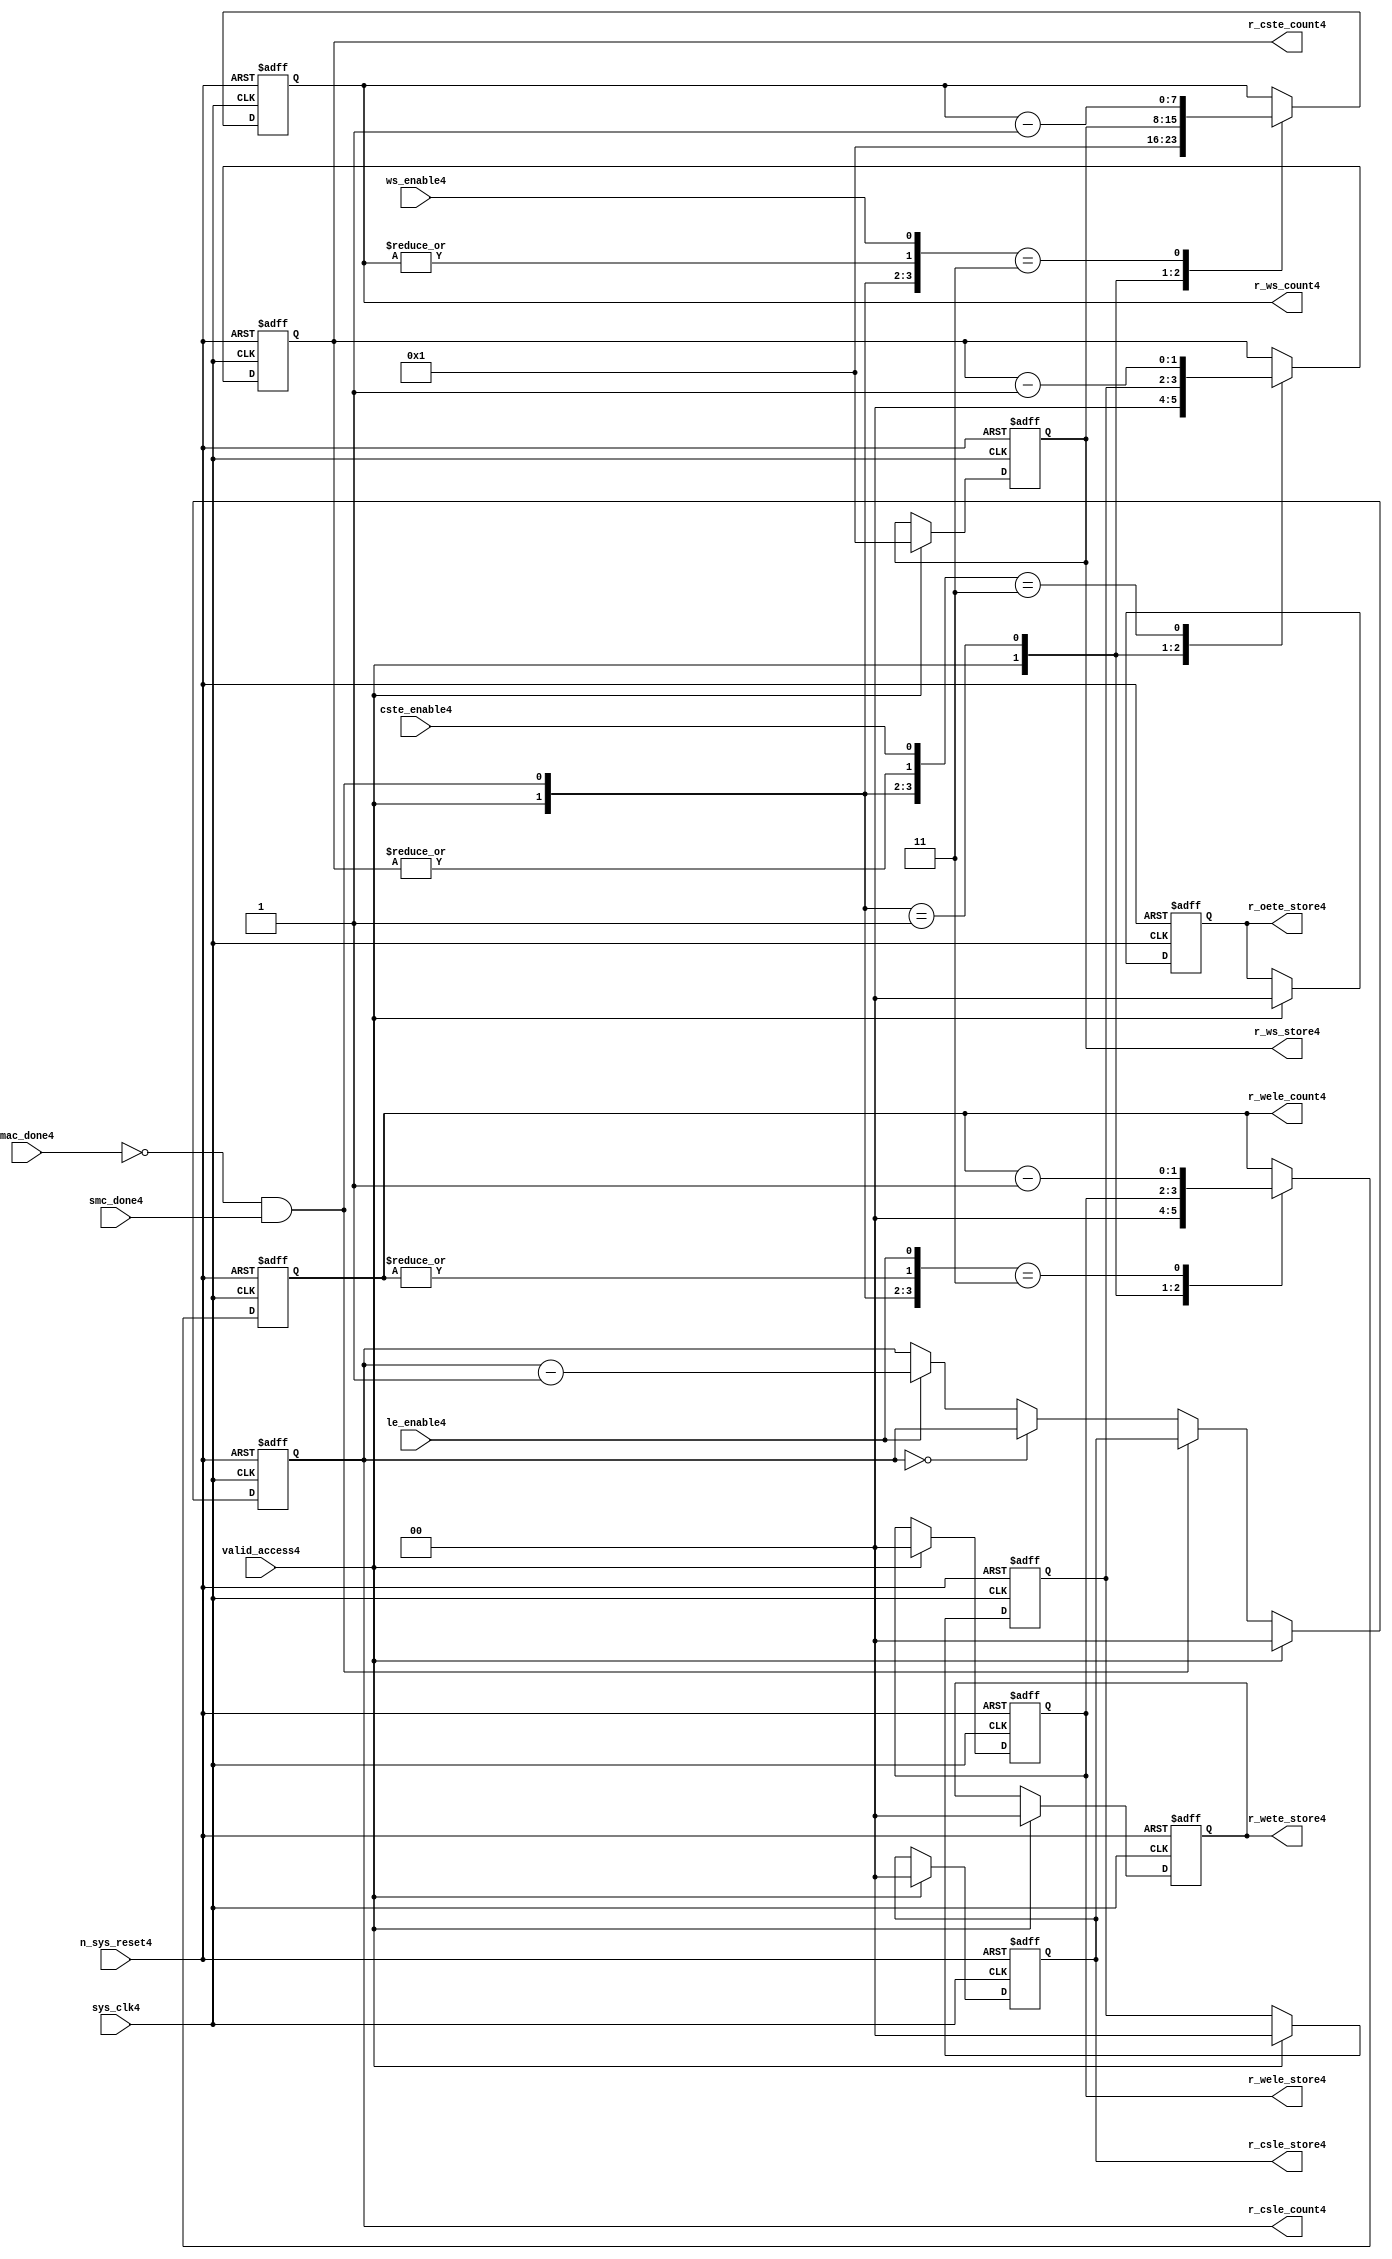
//File4 name   : smc_counter_lite4.v
//Title4       : 
//Created4     : 1999
//Description4 : Counter4 block.
//            : Static4 Memory Controller4.
//            : The counter block provides4 generates4 all cycle timings4
//            : The leading4 edge counts4 are individual4 2bit, loadable4,
//            : counters4. The wait state counter is a count down
//            : counter with a maximum size of 5 bits. The trailing4
//            : edge counts4 are registered for comparison4 with the
//            : wait state counter. The bus float4 (CSTE4) is a
//            : separate4 2bit counter. The initial count values are
//            : stored4 and reloaded4 into the counters4 if multiple
//            : accesses are required4.
//Notes4       : 
//----------------------------------------------------------------------
//   Copyright4 1999-2010 Cadence4 Design4 Systems4, Inc4.
//   All Rights4 Reserved4 Worldwide4
//
//   Licensed4 under the Apache4 License4, Version4 2.0 (the
//   "License4"); you may not use this file except4 in
//   compliance4 with the License4.  You may obtain4 a copy of
//   the License4 at
//
//       http4://www4.apache4.org4/licenses4/LICENSE4-2.0
//
//   Unless4 required4 by applicable4 law4 or agreed4 to in
//   writing, software4 distributed4 under the License4 is
//   distributed4 on an "AS4 IS4" BASIS4, WITHOUT4 WARRANTIES4 OR4
//   CONDITIONS4 OF4 ANY4 KIND4, either4 express4 or implied4.  See
//   the License4 for the specific4 language4 governing4
//   permissions4 and limitations4 under the License4.
//----------------------------------------------------------------------


module smc_counter_lite4  (
                     //inputs4

                     sys_clk4,
                     n_sys_reset4,
                     valid_access4,
                     mac_done4, 
                     smc_done4, 
                     cste_enable4, 
                     ws_enable4,
                     le_enable4, 

                     //outputs4

                     r_csle_count4,
                     r_wele_count4,
                     r_ws_count4,
                     r_ws_store4,
                     r_oete_store4,
                     r_wete_store4,
                     r_wele_store4,
                     r_cste_count4,
                     r_csle_store4);
   

//----------------------------------------------------------------------
// the Wait4 State4 Counter4
//----------------------------------------------------------------------
   
   
   // I4/O4
   
   input     sys_clk4;                  // AHB4 System4 clock4
   input     n_sys_reset4;              // AHB4 System4 reset (Active4 LOW4)
   
   input     valid_access4;             // load4 values are valid if high4
   input     mac_done4;                 // All cycles4 in a multiple access

   //  completed
   
   input                 smc_done4;   // one access completed
   input                 cste_enable4;// Enable4 CS4 Trailing4 Edge4 counter
   input                 ws_enable4;  // Enable4 Wait4 State4 counter
   input                 le_enable4;  // Enable4 all Leading4 Edge4 counters4
   
   // Counter4 outputs4
   
   output [1:0]             r_csle_count4;  //chip4 select4 leading4
                                             //  edge count
   output [1:0]             r_wele_count4;  //write strobe4 leading4 
                                             // edge count
   output [7:0] r_ws_count4;    //wait state count
   output [1:0]             r_cste_count4;  //chip4 select4 trailing4 
                                             // edge count
   
   // Stored4 counts4 for MAC4
   
   output [1:0]             r_oete_store4;  //read strobe4
   output [1:0]             r_wete_store4;  //write strobe4 trailing4 
                                              // edge store4
   output [7:0] r_ws_store4;    //wait state store4
   output [1:0]             r_wele_store4;  //write strobe4 leading4
                                             //  edge store4
   output [1:0]             r_csle_store4;  //chip4 select4  leading4
                                             //  edge store4
   
   
   // Counters4
   
   reg [1:0]             r_csle_count4;  // Chip4 select4 LE4 counter
   reg [1:0]             r_wele_count4;  // Write counter
   reg [7:0] r_ws_count4;    // Wait4 state select4 counter
   reg [1:0]             r_cste_count4;  // Chip4 select4 TE4 counter
   
   
   // These4 strobes4 finish early4 so no counter is required4. 
   // The stored4 value is compared with WS4 counter to determine4 
   // when the strobe4 should end.

   reg [1:0]    r_wete_store4;    // Write strobe4 TE4 end time before CS4
   reg [1:0]    r_oete_store4;    // Read strobe4 TE4 end time before CS4
   
   
   // The following4 four4 regisrers4 are used to store4 the configuration
   // during mulitple4 accesses. The counters4 are reloaded4 from these4
   // registers before each cycle.
   
   reg [1:0]             r_csle_store4;    // Chip4 select4 LE4 store4
   reg [1:0]             r_wele_store4;    // Write strobe4 LE4 store4
   reg [7:0] r_ws_store4;      // Wait4 state store4
   reg [1:0]             r_cste_store4;    // Chip4 Select4 TE4 delay
                                          //  (Bus4 float4 time)

   // wires4 used for meeting4 coding4 standards4
   
   wire         ws_count4;      //ORed4 r_ws_count4
   wire         wele_count4;    //ORed4 r_wele_count4
   wire         cste_count4;    //ORed4 r_cste_count4
   wire         mac_smc_done4;  //ANDed4 smc_done4 and not(mac_done4)
   wire [4:0]   case_cste4;     //concatenated4 signals4 for case statement4
   wire [4:0]   case_wele4;     //concatenated4 signals4 for case statement4
   wire [4:0]   case_ws4;       //concatenated4 signals4 for case statement4
   
   
   
   // Main4 Code4
   
//----------------------------------------------------------------------
// Counters4 (& Count4 Store4 for MAC4)
//----------------------------------------------------------------------


//----------------------------------------------------------------------
// WETE4 Store4
//----------------------------------------------------------------------

always @(posedge sys_clk4 or negedge n_sys_reset4)

begin   

   if (~(n_sys_reset4))
     
      r_wete_store4 <= 2'b00;
   
   
   else if (valid_access4)
     
      r_wete_store4 <= 2'b0;
   
   else
     
      r_wete_store4 <= r_wete_store4;

end
   
//----------------------------------------------------------------------
// OETE4 Store4
//----------------------------------------------------------------------

always @(posedge sys_clk4 or negedge n_sys_reset4)

begin   

   if (~(n_sys_reset4))
     
      r_oete_store4 <= 2'b00;
   
   
   else if (valid_access4)
     
      r_oete_store4 <= 2'b0;
   
   else

      r_oete_store4 <= r_oete_store4;

end
   
//----------------------------------------------------------------------
// CSLE4 Store4
//----------------------------------------------------------------------

always @(posedge sys_clk4 or negedge n_sys_reset4)

begin   

   if (~(n_sys_reset4))
     
      r_csle_store4 <= 2'b00;
   
   
   else if (valid_access4)
     
      r_csle_store4 <= 2'b00;
   
   else
     
      r_csle_store4 <= r_csle_store4;

end
   
//----------------------------------------------------------------------
// CSLE4 Counter4
//----------------------------------------------------------------------

always @(posedge sys_clk4 or negedge n_sys_reset4)

begin   

   if (~(n_sys_reset4))
     
      r_csle_count4 <= 2'b00;
   
   
   else
   begin
        
      if (valid_access4)
        
         r_csle_count4 <= 2'b00;
      
      else if (~(mac_done4) & smc_done4)
        
         r_csle_count4 <= r_csle_store4;
      
      else if (r_csle_count4 == 2'b00)
        
         r_csle_count4 <= r_csle_count4;
      
      else if (le_enable4)               
        
         r_csle_count4 <= r_csle_count4 - 2'd1;
      
      else
        
          r_csle_count4 <= r_csle_count4;
      
     end

end
   
   
//----------------------------------------------------------------------
// CSTE4 Store4
//----------------------------------------------------------------------

always @(posedge sys_clk4 or negedge n_sys_reset4)

begin   

   if (~(n_sys_reset4))

      r_cste_store4 <= 2'b00;

   else if (valid_access4)

      r_cste_store4 <= 2'b0;

   else

      r_cste_store4 <= r_cste_store4;

end
   
   
   
//----------------------------------------------------------------------
//concatenation4 of signals4 to avoid using nested4 ifs4
//----------------------------------------------------------------------

 assign mac_smc_done4 = (~(mac_done4) & smc_done4);
 assign cste_count4   = (|r_cste_count4);           //checks4 for count = 0
 assign case_cste4   = {1'b0,valid_access4,mac_smc_done4,cste_count4,
                       cste_enable4};
   
//----------------------------------------------------------------------
//CSTE4 COUNTER4
//----------------------------------------------------------------------

always @(posedge sys_clk4 or negedge n_sys_reset4)

begin   

   if (~(n_sys_reset4))

      r_cste_count4 <= 2'b00;

   else 
   begin
      casex(case_cste4)
           
        5'b1xxxx:        r_cste_count4 <= r_cste_count4;

        5'b01xxx:        r_cste_count4 <= 2'b0;

        5'b001xx:        r_cste_count4 <= r_cste_store4;

        5'b0000x:        r_cste_count4 <= r_cste_count4;

        5'b00011:        r_cste_count4 <= r_cste_count4 - 2'd1;

        default :        r_cste_count4 <= r_cste_count4;

      endcase // casex(w_cste_case4)
      
   end
   
end

//----------------------------------------------------------------------
// WELE4 Store4
//----------------------------------------------------------------------

always @(posedge sys_clk4 or negedge n_sys_reset4)

begin   

   if (~(n_sys_reset4))

      r_wele_store4 <= 2'b00;


   else if (valid_access4)

      r_wele_store4 <= 2'b00;

   else

      r_wele_store4 <= r_wele_store4;

end
   
   
   
//----------------------------------------------------------------------
//concatenation4 of signals4 to avoid using nested4 ifs4
//----------------------------------------------------------------------
   
   assign wele_count4   = (|r_wele_count4);         //checks4 for count = 0
   assign case_wele4   = {1'b0,valid_access4,mac_smc_done4,wele_count4,
                         le_enable4};
   
//----------------------------------------------------------------------
// WELE4 Counter4
//----------------------------------------------------------------------

always @(posedge sys_clk4 or negedge n_sys_reset4)

begin   
   if (~(n_sys_reset4))

      r_wele_count4 <= 2'b00;

   else
   begin

      casex(case_wele4)

        5'b1xxxx :  r_wele_count4 <= r_wele_count4;

        5'b01xxx :  r_wele_count4 <= 2'b00;

        5'b001xx :  r_wele_count4 <= r_wele_store4;

        5'b0000x :  r_wele_count4 <= r_wele_count4;

        5'b00011 :  r_wele_count4 <= r_wele_count4 - (2'd1);

        default  :  r_wele_count4 <= r_wele_count4;

      endcase // casex(case_wele4)

   end

end
   
//----------------------------------------------------------------------
// WS4 Store4
//----------------------------------------------------------------------

always @(posedge sys_clk4 or negedge n_sys_reset4)
  
begin   

   if (~(n_sys_reset4))

      r_ws_store4 <= 8'd0;


   else if (valid_access4)

      r_ws_store4 <= 8'h01;

   else

      r_ws_store4 <= r_ws_store4;

end
   
   
   
//----------------------------------------------------------------------
//concatenation4 of signals4 to avoid using nested4 ifs4
//----------------------------------------------------------------------
   
   assign ws_count4   = (|r_ws_count4); //checks4 for count = 0
   assign case_ws4   = {1'b0,valid_access4,mac_smc_done4,ws_count4,
                       ws_enable4};
   
//----------------------------------------------------------------------
// WS4 Counter4
//----------------------------------------------------------------------

always @(posedge sys_clk4 or negedge n_sys_reset4)

begin   

   if (~(n_sys_reset4))

      r_ws_count4 <= 8'd0;

   else  
   begin
   
      casex(case_ws4)
 
         5'b1xxxx :  
            r_ws_count4 <= r_ws_count4;
        
         5'b01xxx :
            r_ws_count4 <= 8'h01;
        
         5'b001xx :  
            r_ws_count4 <= r_ws_store4;
        
         5'b0000x :  
            r_ws_count4 <= r_ws_count4;
        
         5'b00011 :  
            r_ws_count4 <= r_ws_count4 - 8'd1;
        
         default  :  
            r_ws_count4 <= r_ws_count4;

      endcase // casex(case_ws4)
      
   end
   
end  
   
   
endmodule